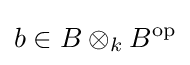
b\in B\otimes _{k}B^{\text{op}}